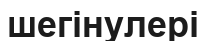
шегінулері